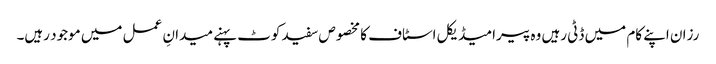
رزان اپنے کام میں ڈٹی رہیں وہ پیرامیڈیکل اسٹاف کا مخصوص سفید کوٹ پہنے میدانِ عمل میں موجود رہیں۔